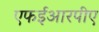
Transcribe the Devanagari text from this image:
एफईआरपीए